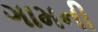
ગામની